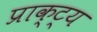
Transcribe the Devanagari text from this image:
प्राक्ट्य